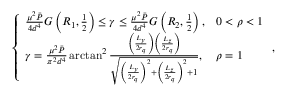
\left\{ \begin{array} { l l } { \frac { \mu ^ { 2 } \bar { P } } { 4 d ^ { 4 } } G \left( R _ { 1 } , \frac 1 2 \right) \leq \gamma \leq \frac { \mu ^ { 2 } \bar { P } } { 4 d ^ { 4 } } G \left( R _ { 2 } , \frac 1 2 \right) , } & { 0 < \rho < 1 } \\ { \gamma = \frac { \mu ^ { 2 } \bar { P } } { \pi ^ { 2 } d ^ { 4 } } \arctan ^ { 2 } \frac { \left( \frac { L _ { y } } { 2 r _ { q } } \right) \left( \frac { L _ { z } } { 2 r _ { q } } \right) } { \sqrt { \left( \frac { L _ { y } } { 2 r _ { q } } \right) ^ { 2 } + \left( \frac { L _ { z } } { 2 r _ { q } } \right) ^ { 2 } + 1 } } , } & { \rho = 1 } \end{array} \right. ,